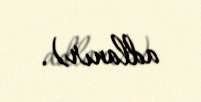
adlanır).